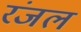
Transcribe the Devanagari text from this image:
रंजल